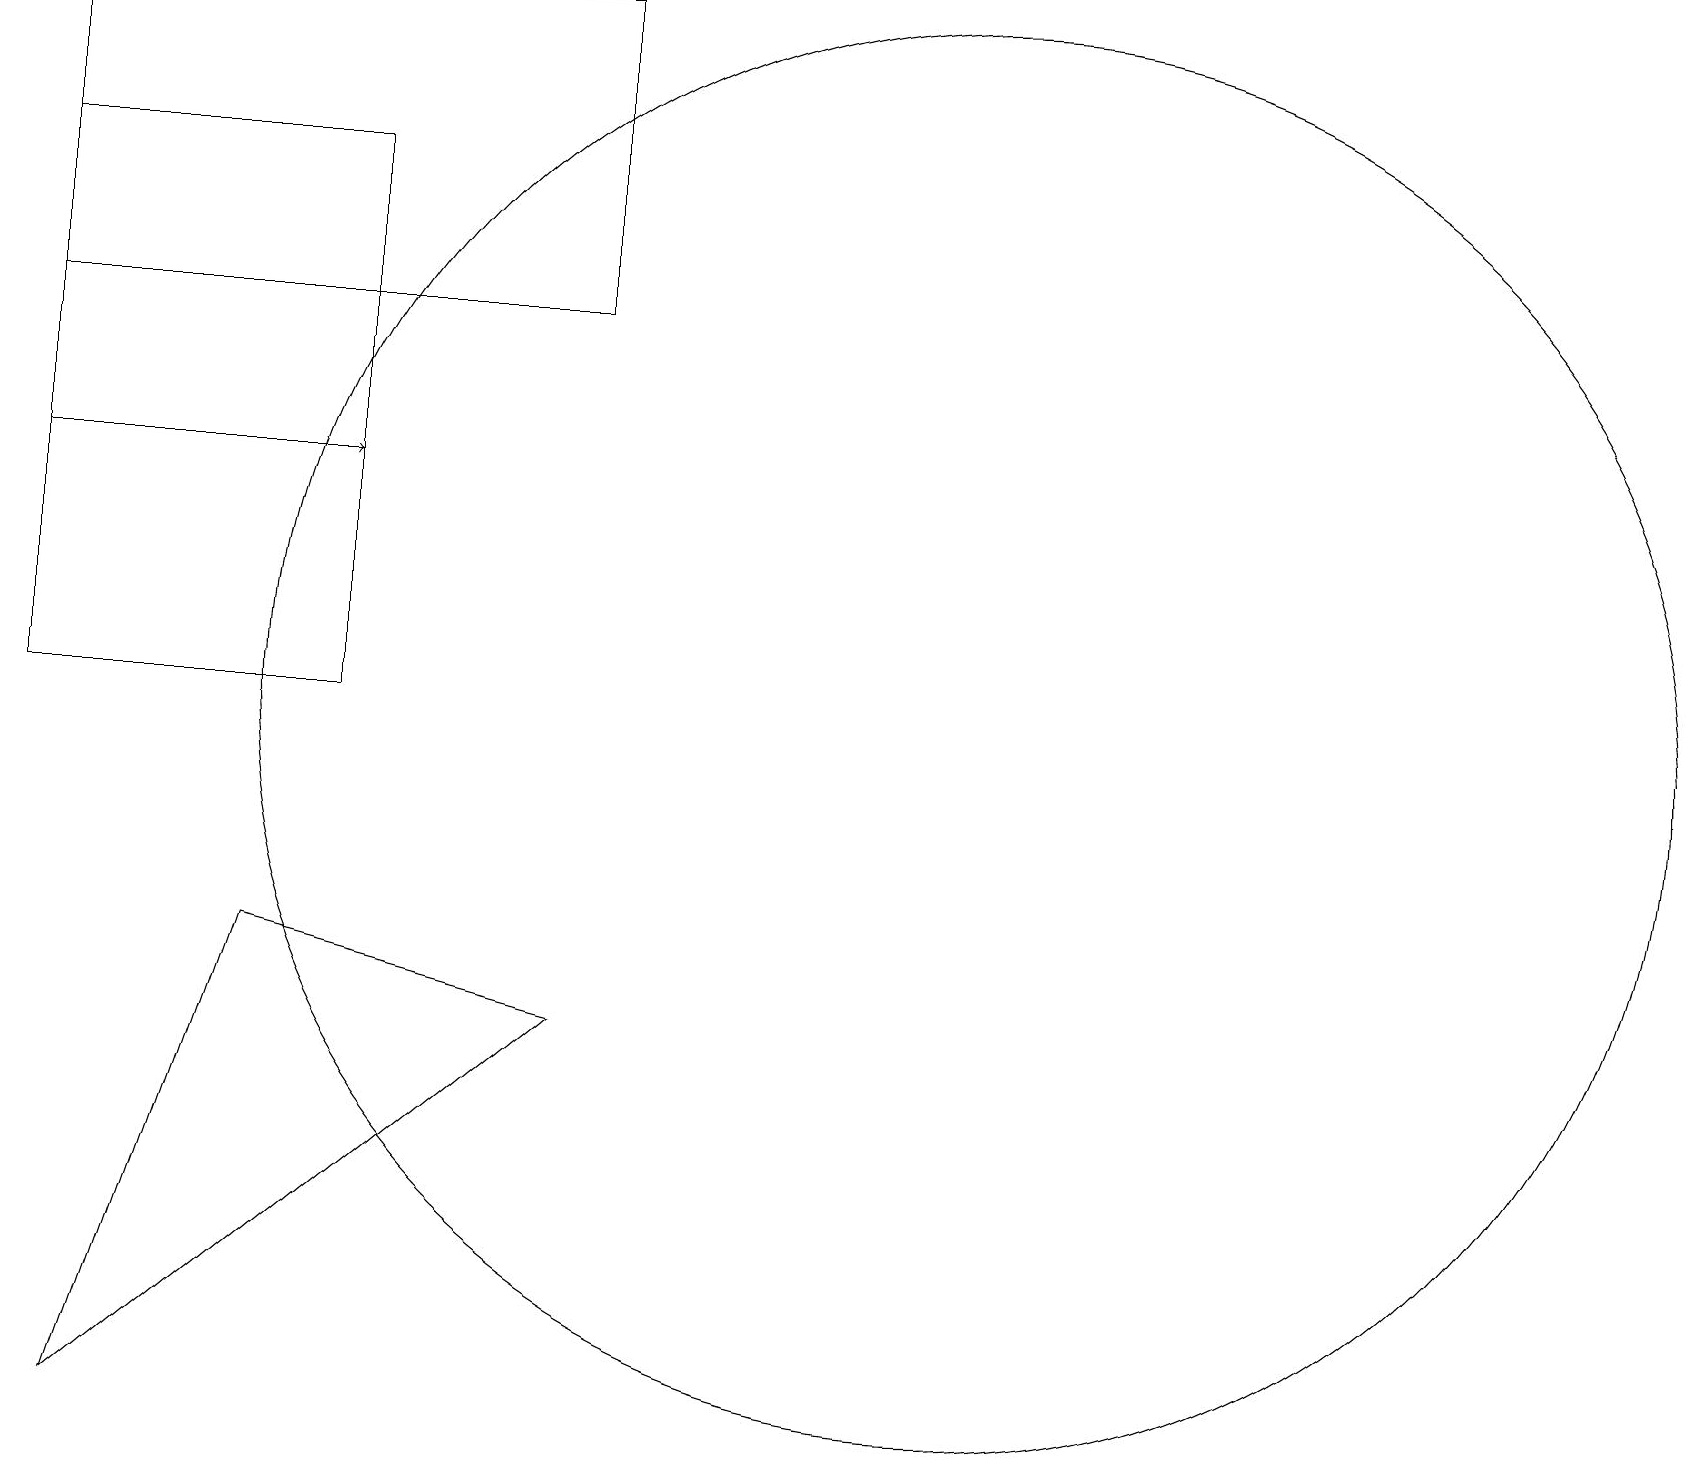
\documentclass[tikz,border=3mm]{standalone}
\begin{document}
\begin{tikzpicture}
\draw (12,10) circle (9);
\draw[->] (0,13) -- (4,13);
\draw (1,1) -- (3,7) -- (7,6) -- cycle;
\draw (4,17) rectangle (0,10);
\draw (0,19) rectangle (7,15);
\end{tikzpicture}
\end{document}